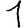
Digit: 1